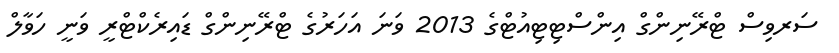
ސަރވިސް ޓްރޭނިންގް އިންސްޓިޓިއުޓްގެ 2013 ވަނަ އަހަރުގެ ޓްރޭނިންގް ޑައިރެކްޓްރީ ވަނީ ހަވާލް